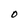
Character: O